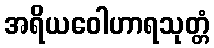
အရိယဝေါဟာရသုတ္တံ